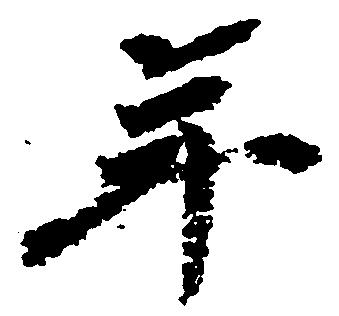
年